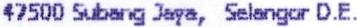
47500 SUBANG JAYA, SELANGOR D.E.